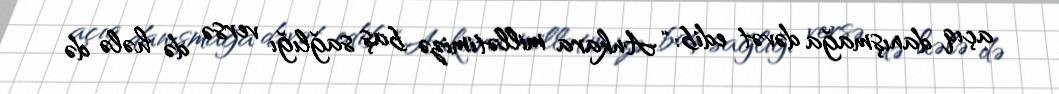
açıq danışmağa dəvət edib: “Ankara millətimizə baş sağlığı versə də hələ də